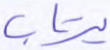
يرتاب